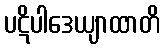
ပဋိပါဒေယျာထာတိ